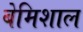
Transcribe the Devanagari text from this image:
बेमिशाल